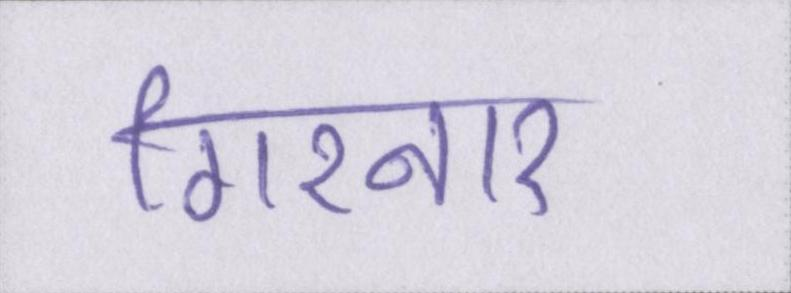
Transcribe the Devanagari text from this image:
गिरनार